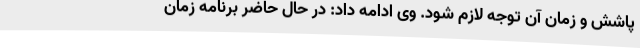
پاشش و زمان آن توجه لازم شود. وی ادامه داد: در حال حاضر برنامه زمان